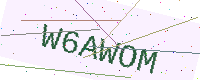
Text: W6AWOM